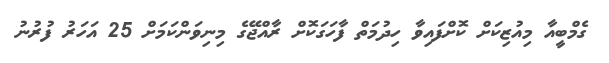
ގެމްބީއާ މިއުޒިކަށް ކޮށްފައިވާ ހިދުމަތް ފާހަގަކޮށް ރާއްޖޭގެ މިނިވަންކަމަށް 25 އަހަރު ފުރުނު